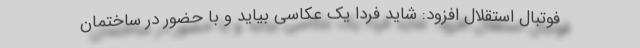
فوتبال استقلال افزود: شاید فردا یک عکاسی بیاید و با حضور در ساختمان